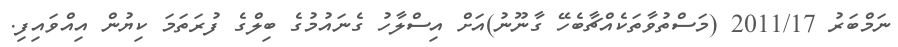
ނަމްބަރު 2011/17 (މަސްތުވާތަކެއްޗާބެހޭ ގާނޫނު)އަށް އިސްލާހު ގެނައުމުގެ ބިލްގެ ފުރަތަމަ ކިޔުން އިއްވައިފި.